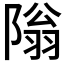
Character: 𫕎